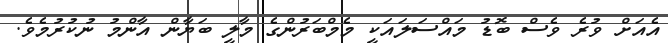
އެއަށް ވުރެ ވެސް ބޮޑު މައްސަލައަކީ މެމްބަރުންގެ މާލީ ބަޔާން އާންމު ނުކުރުމެވެ.